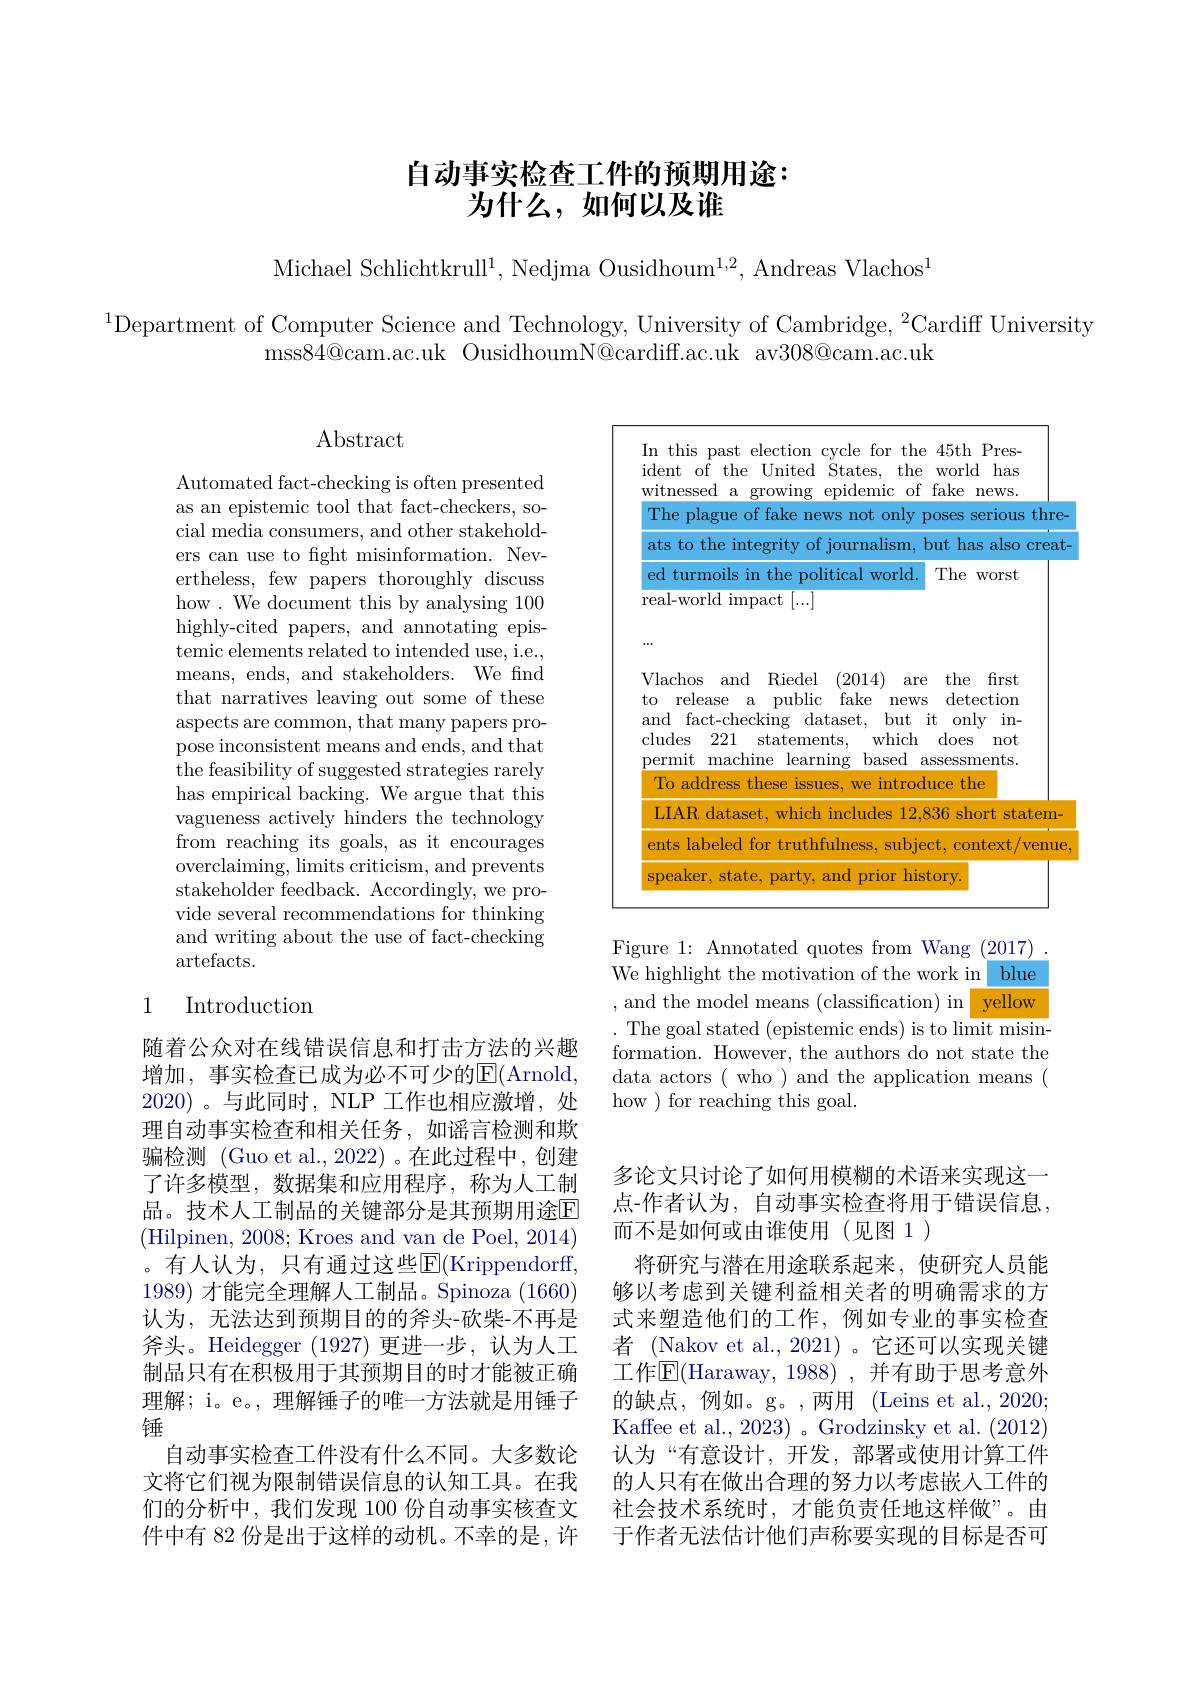
## 自动事实检查工件的预期用途： 为什么，如何以及谁

Michael Schlichtkrull$^1$, Nedjma Ousidhoum$^1,2$, Andreas Vlachos$^1$

$^{1}$Department of Computer Science and Technology, University of Cambridge, $^2$Cardiff University
mss84@ cam. ac. uk OusidhoumN@ cardiff. ac. uk av308@ cam. ac. uk

## $\operatorname{Abstract}$

Automated fact-checking is often presented as an epistemic tool that fact-checkers, social media consumers, and other stakeholders can use to fght misinformation. Nevertheless, few papers thoroughly discuss how. We document this by analysing 100 highly-cited papers, and annotating epistemic elements related to intended use, i.e., means, ends, and stakeholders. We find that narratives leaving out some of these aspects are common, that many papers propose inconsistent means and ends, and that ${\mathrm{~the~feasibility~of~suggested~strategies~rarely}}$ has empirical backing. We argue that this vagueness actively hinders the technology from reaching its goals, as it encourages overclaiming, limits criticism, and prevents stakeholder feedback. Accordingly, we provide several recommendations for thinking and writing about the use of fact-checking $\operatorname{artefacts.}$

### 1 Introduction

随着公众对在线错误信息和打击方法的兴趣增加，事实检查已成为必不可少的E(Arnold, 2020)。与此同时，NLP 工作也相应激增，处理自动事实检查和相关任务，如谣言检测和欺骗检测 (Guo et al., 2022) 。在此过程中，创建了许多模型，数据集和应用程序，称为人工制品。技术人工制品的关键部分是其预期用途E (Hilpinen, 2008; Kroes and van de Poel, 2014) 。有人认为，只有通过这些E$( Krippendorff$, 1989)才能完全理解人工制品。Spinoza (1660) 认为，无法达到预期目的的斧头-砍柴-不再是斧头。Heidegger (1927)更进一步，认为人工制品只有在积极用于其预期目的时才能被正确理解；i。e。, 理解锤子的唯一方法就是用锤子锤
自动事实检查工件没有什么不同。大多数论文将它们视为限制错误信息的认知工具。在我们的分析中，我们发现 100 份自动事实核查文件中有 82 份是出于这样的动机。不幸的是，许

<FigureHere>

Figure 1: Annotated quotes from Wang (2017) We highlight the motivation of the work in blue ,and the model means (classification) in yellow . The goal stated (epistemic ends) is to limit misinformation. However, the authors do not state the data actors ( who ) and the application means ( how ) for reaching this goal.

多论文只讨论了如何用模糊的术语来实现这一点-作者认为，自动事实检查将用于错误信息， 而不是如何或由谁使用(见图 1)
将研究与潜在用途联系起来，使研究人员能够以考虑到关键利益相关者的明确需求的方式来塑造他们的工作，例如专业的事实检查者 (Nakov et al.,2021)。它还可以实现关键工作$\mathbb{E}($Haraway,1988),并有助于思考意外的缺点，例如。g。,两用(Leins et al.,2020; Kaffee et al., 2023) 。Grodzinsky et al. (2012) 认为“有意设计，开发，部署或使用计算工件的人只有在做出合理的努力以考虑嵌入工件的社会技术系统时，才能负责任地这样做”。由于作者无法估计他们声称要实现的目标是否可